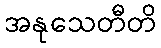
အနုသေတီတိ